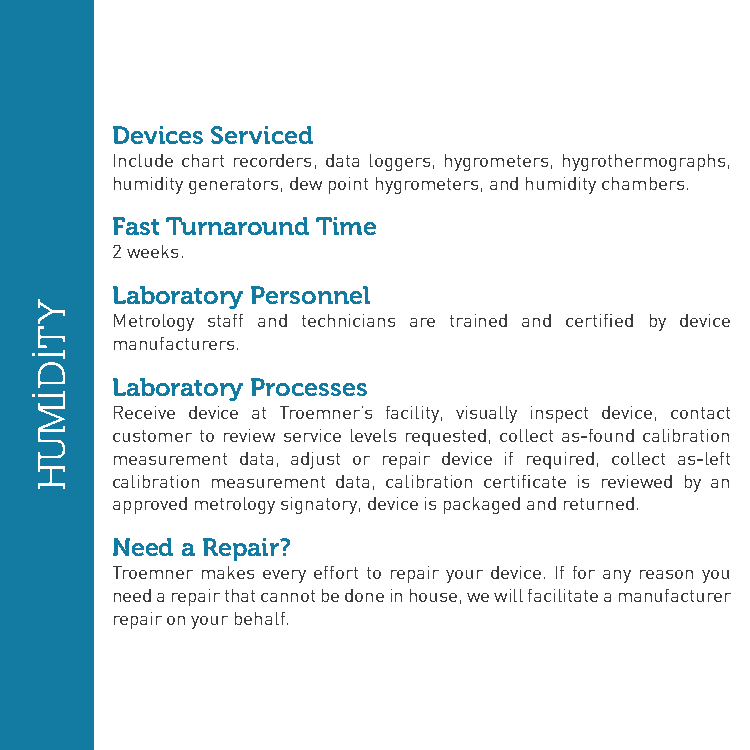
Devices Serviced
 Include chart recorders, data loggers, hygrometers, hygrothermographs,
 humidity generators, dew point hygrometers, and humidity chambers.
 Fast Turnaround Time
 2 weeks.
 Laboratory Personnel
 Metrology staff and technicians are trained and certified by device
 manufacturers.
 Laboratory Processes
 Receive device at Troemner’s facility, visually inspect device, contact
 customer to review service levels requested, collect as-found calibration
 measurement data, adjust or repair device if required, collect as-left
 calibration measurement data, calibration certificate is reviewed by an
 approved metrology signatory, device is packaged and returned.
 Need a Repair?
 Troemner makes every effort to repair your device. If for any reason you
 need a repair that cannot be done in house, we will facilitate a manufacturer
 repair on your behalf.